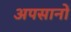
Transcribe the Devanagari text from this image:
अपसानों